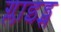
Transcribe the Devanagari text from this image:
ग्लाइड्स